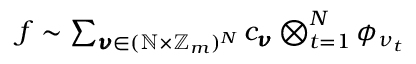
\begin{array} { r } { f \sim \sum _ { \pmb { \nu } \in ( \mathbb { N } \times \mathbb { Z } _ { m } ) ^ { N } } c _ { \pmb { \nu } } \bigotimes _ { t = 1 } ^ { N } \phi _ { \nu _ { t } } } \end{array}